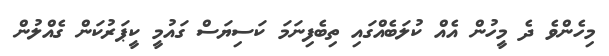
މިހެންވެ ދެ މީހުން އެއް ކުލަބެއްގައި ތިބެފިނަމަ ކަސިޔަސް ގައުމީ ކީޕަރުކަން ގެއްލުން